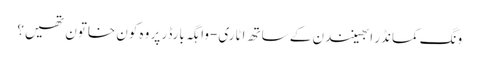
ونگ کمانڈر ابھینندن کے ساتھ اٹاری-واہگہ بارڈر پر وہ کون خاتون تھیں؟